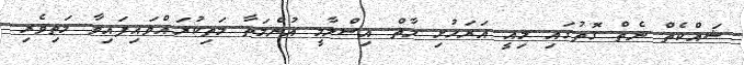
ޝައްކެތް ނެތް ގޮތުގައި މިއީ އަރަހުށި މާތް އިސްލާމީ އުންމަތާ މަތިކުރައްވައިފައިވާ މަތިވެރި